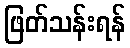
ဖြတ်သန်းရန်